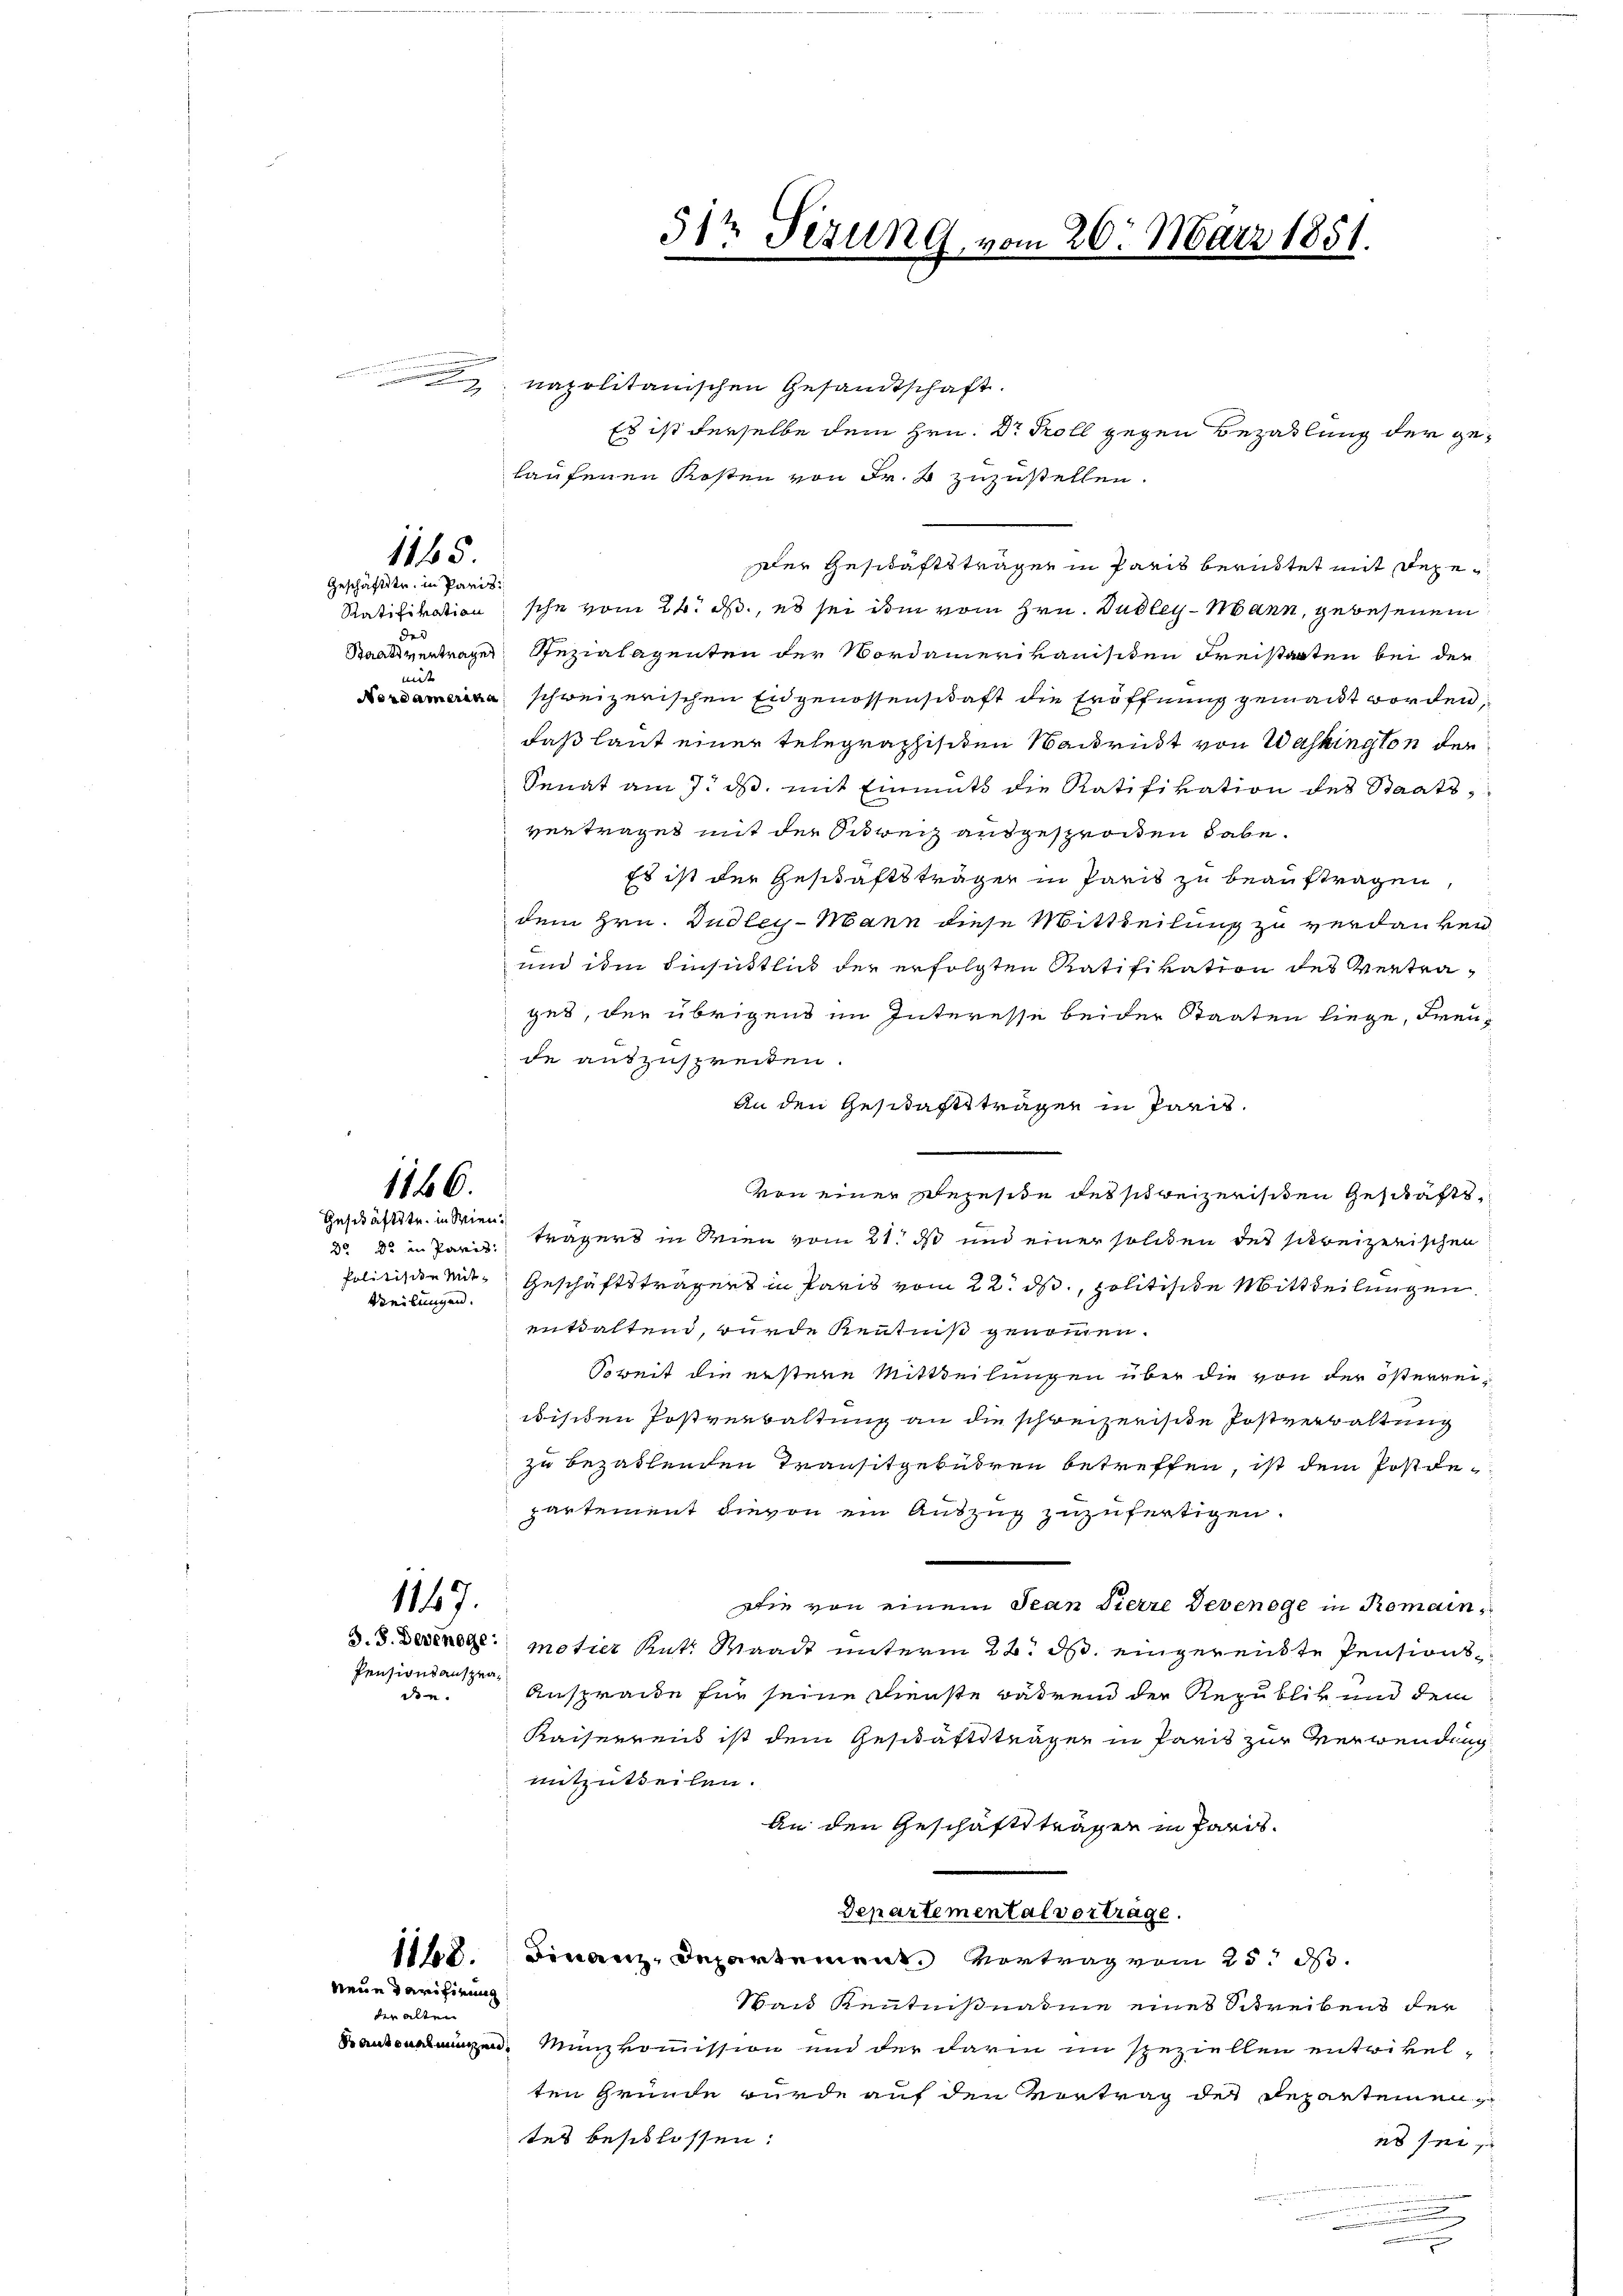
1115
Geschäftstr. in Paris

mit

1146.

Geschäftste in Wien.
Veilungen.

1147.

Pensionsansprad.

neue Tarifirung
der alten

napolitanischen Gesandtschaft.
laufenen Kosten von Fr. 4 zuzustellen.
dler Geschaftsträger in Paris beruhtet mit depe¬
Ratifikation sche vom 24. ds., es sei im vom Hrn. Dudley-Mann, gewesenen
Staatsvertrages Pezialagenten der Nordamerikanisiten Freistanten bei der
Nordamerina schweizerischen Eidgenossenschaft die Eröffnung gemacht worden,
daß laut einer telegraphischen Nackrükt von Washington der
Senat am 7. ds, mit Einmuts die Ratifikation des Staatsvertraget mit der Schweiz ausgesprochen habe.
Es ist der Geschäftsträger in Paris zu beauftragen,
dem Hrn. Dudley-Mann diese Mittheilung zu verdanken
und ihm Einsittlich der erfolgten Ratifikation des Vertrages, der übrigens im Interesse beider Staaten liege, Freude auszuspreiten.
An den Geschaftsträgen in Paris.
von einer Befeste des schweizerischen Geschäfts¬
2 do in Paris Magers in Wien vom 21. ds und einer soliden des schreizerischen
Politische Mit Geschäftsträgers in Paris vom 22. ds., politische Mittheilungen.
enttaltend, wurde Kenntniß genommen.
Soweit die erstene Mittheilungen über die von der österreibischen Postverwaltung an die schweizerische Postverwaltung
zu bezahlenden Transitgebühren betreffen, ist dem Postdepartement hievon ein Auszug zuzufertigen.
die von einem Jean Pierre Devenöge in Romaind. 3. Dersenge motier Rat. Waadt unterm 22. ds. eingereichte Pensions¬
Ansprache für seine Dienste während der Republik und dem
Kaiserrens ist dem Geschäftsträgen in Paris zur Verwendung
mitzuteilen.
An den Geschäftsträgen in Paris.
Departemental vorträge.
118. Finanz-Departement. Vortrag vom 25. ds.
Ward Kenntnißnahme eines Schreibens der
Kantonen Minzkommission und der darin im speziellen entrikel-
ten Gründe wurde auf den Vortrag des Departemen
tes beschlossen:
es sei
 . . . .

512 Sezung vom 26. März 1851.
e
.

Es ist derselbe dem Hrn. Dr Roll gegen Bezahlung der ge¬